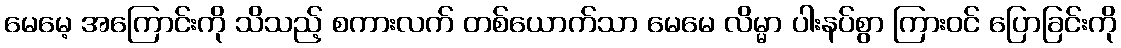
မေမေ့ အကြောင်းကို သိသည့် စကားလက် တစ်ယောက်သာ မေမေ လိမ္မာ ပါးနပ်စွာ ကြားဝင် ပြောခြင်းကို